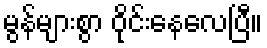
မွန်များစွာ ဝိုင်းနေလေပြီ။